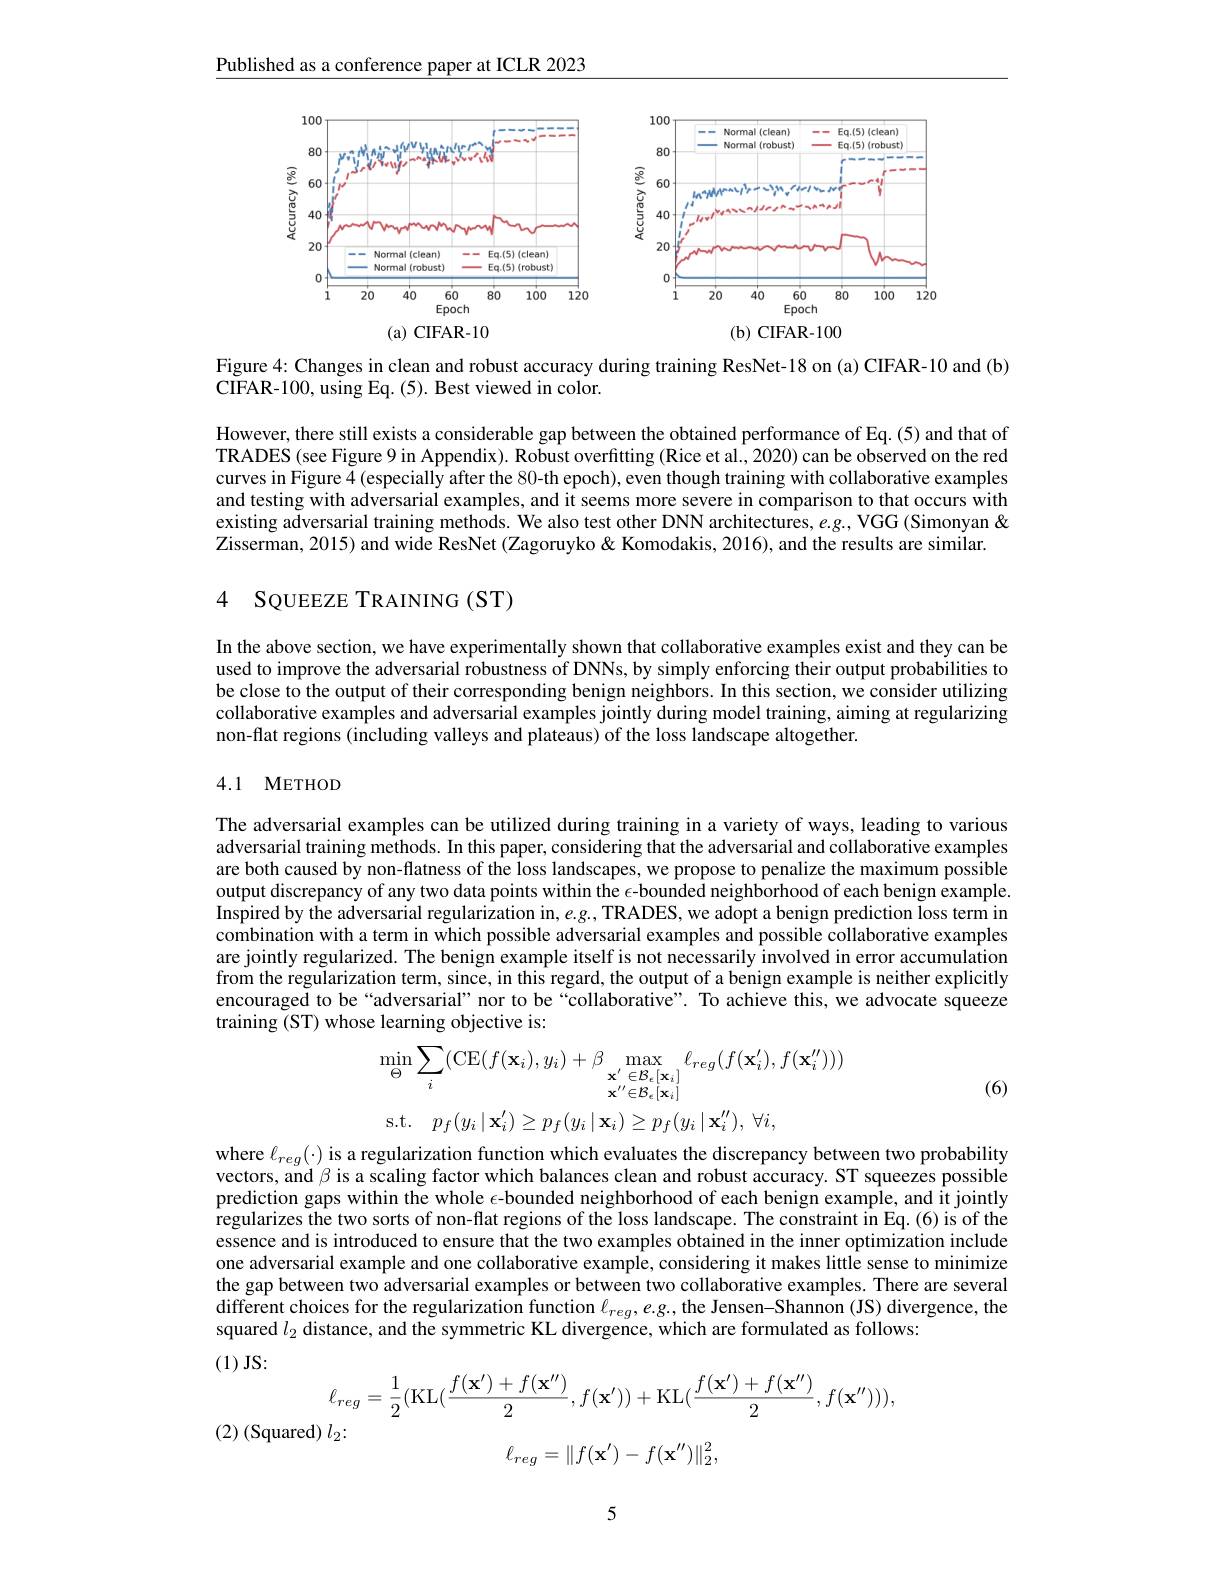
Published as a conference paper at ICLR 2023

<FigureHere>

Figure 4: Changes in clean and robust accuracy during training ResNet-18 on (a) CIFAR-10 and (b)
CIFAR-100, using Eq. (5). Best viewed in color.

However, there still exists a considerable gap between the obtained performance of Eq. (5) and that of TRADES (see Figure 9 in Appendix). Robust overfitting (Rice et al., 2020) can be observed on the red curves in Figure 4 (especially after the 80-th epoch), even though training with collaborative examples and testing with adversarial examples, and it seems more severe in comparison to that occurs with existing adversarial training methods. We also test other DNN architectures, $e.g.$, VGG (Simonyan & $\bar{\text{Zisserman, 2015) and wide ResNet (Zagoruyko }\&}$ Komodakis, 2016), and the results are similar.

## 4 SQUEEZE TRAINING(ST)

In the above section, we have experimentally shown that collaborative examples exist and they can be used to improve the adversarial robustness of DNNs, by simply enforcing their output probabilities to be close to the output of their corresponding benign neighbors. In this section, we consider utilizing collaborative examples and adversarial examples jointly during model training, aiming at regularizing non-flat regions (including valleys and plateaus) of the loss landscape altogether.

## 4.1 METHOD

The adversarial examples can be utilized during training in a variety of ways, leading to various adversarial training methods. In this paper, considering that the adversarial and collaborative examples are both caused by non-flatness of the loss landscapes, we propose to penalize the maximum possible output discrepancy of any two data points within the $\epsilon$-bounded neighborhood of each benign example. Inspired by the adversarial regularization in, $e.g.$, TRADES, we adopt a benign prediction loss term in combination with a term in which possible adversarial examples and possible collaborative examples are jointly regularized. The benign example itself is not necessarily involved in error accumulation from the regularization term, since, in this regard, the output of a benign example is neither explicitly encouraged to be“adversarial” nor to be“collaborative”. To achieve this, we advocate squeeze training (ST) whose learning objective is:
$$\operatorname*{min}_{\Theta}\sum_{i}(\mathrm{CE}(f(\mathbf{x}_{i}),y_{i})+\beta\operatorname*{max}_{\mathbf{x}^{\prime}\in\mathcal{B}_{e}[\mathbf{x}_{i}]}\ell_{reg}(f(\mathbf{x}_{i}^{\prime}),f(\mathbf{x}_{i}^{\prime\prime})))\\\mathrm{s.t.}\quad p_{f}(y_{i}\mid\mathbf{x}_{i}^{\prime})\geq p_{f}(y_{i}\mid\mathbf{x}_{i})\geq p_{f}(y_{i}\mid\mathbf{x}_{i}^{\prime\prime}),\:\forall i,$$
(6)

where $\ell_{reg}(\cdot)$ is a regularization function which evaluates the discrepancy between two probability vectors, and $\beta$ is a scaling factor which balances clean and robust accuracy. ST squeezes possible prediction gaps within the whole $\epsilon$-bounded neighborhood of each benign example, and it jointly $\hat{\text{regularizes the two sorts of non-flat regions of the loss landscape. The constraint in Eq.(6) is of the}}$ essence and is introduced to ensure that the two examples obtained in the inner optimization include one adversarial example and one collaborative example, considering it makes little sense to minimize the gap between two adversarial examples or between two collaborative examples. There are several different choices for the regularization function $\ell_reg,e.g.$, the Jensen-Shannon (JS) divergence, the squared $l_2$ distance, and the symmetric KL divergence, which are formulated as follows:
(1)JS:
$$\ell_{reg}=\frac{1}{2}(\mathrm{KL}(\frac{f(\mathbf{x}')+f(\mathbf{x}'')}{2},f(\mathbf{x}'))+\mathrm{KL}(\frac{f(\mathbf{x}')+f(\mathbf{x}'')}{2},f(\mathbf{x}''))),$$
$(2)\left(\mathrm{Squared}\right)l_{2}{:}$
$$\ell_{reg}=\|f(\mathbf{x}')-f(\mathbf{x}'')\|_2^2,$$
5